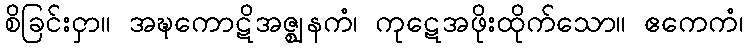
စိခြင်းငှာ။ အဍ္ဎကောဋိအဇ္ဈနကံ၊ ကုဋေအဖိုးထိုက်သော။ ဧကေကံ၊